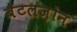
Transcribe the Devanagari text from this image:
बैटलज़ोन